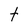
Character: t